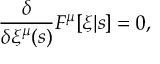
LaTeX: \frac { \delta } { \delta \xi ^ { \mu } ( s ) } F ^ { \mu } [ \xi | s ] = 0 ,